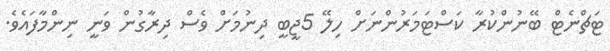
ޓަޗްނެޓް ބޭނުންކުރާ ކަސްޓަމަރުންނަށް ހިލޭ 5ޖީބީ ދިނުމަށް ވެސް ދިރާގުން ވަނީ ނިންމާފައެވެ.